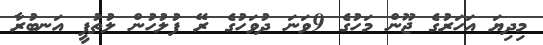
މިދިޔަ އަހަރުގެ ޖޫން މަހުގެ 9ވަނަ ދުވަހުގެ ރޭ ފުލުހުން ލުތުފީ އަނބުރާ